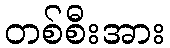
တစ်စီးအား